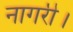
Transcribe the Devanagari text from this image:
नागरी।